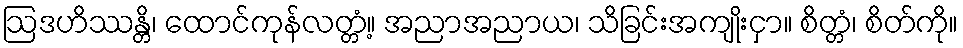
ဩဒဟိဿန္တိ၊ ထောင်ကုန်လတ္တံ့။ အညာအညာယ၊ သိခြင်းအကျိုးငှာ။ စိတ္တံ၊ စိတ်ကို။